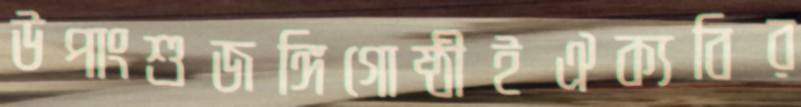
উপাংশুজঙ্গিগোষ্ঠীইঐক্যবির